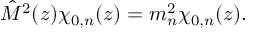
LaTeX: \hat { M } ^ { 2 } ( z ) \chi _ { 0 , n } ( z ) = m _ { n } ^ { 2 } \chi _ { 0 , n } ( z ) .